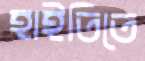
হাইতিতে